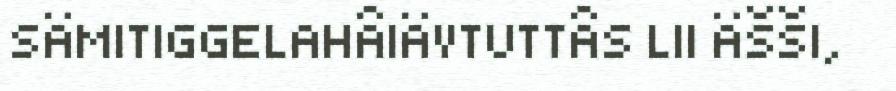
SÄMITIGGELAHÂIÄVTUTTÂS LII ÄŠŠI,